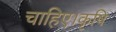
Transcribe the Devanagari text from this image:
चाहिए।कृषि